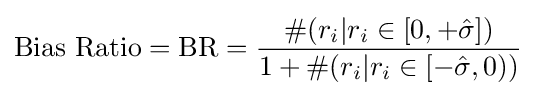
\mathrm {Bias\ Ratio} =\mathrm {BR} ={\frac {\#(r_{i}|r_{i}\in [0,+{\hat {\sigma }}])}{1+\#(r_{i}|r_{i}\in [-{\hat {\sigma }},0))}}